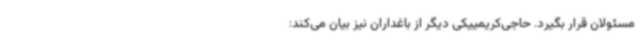
مسئولان قرار بگیرد. حاجی‌کریمییکی دیگر از باغداران نیز بیان می‌کند: